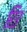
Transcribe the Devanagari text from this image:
रि३